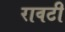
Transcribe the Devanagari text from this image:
रावटी